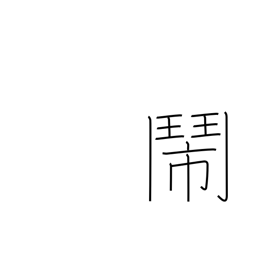
Meaning: dispute hotly